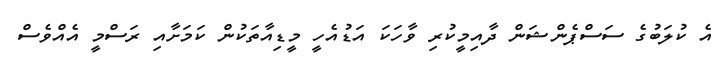
އެ ކުލަބުގެ ސަސްޕެންޝަން ދާއިމީކުރި ވާހަކަ އަޑުއެހީ މީޑިއާތަކުން ކަމަށާއި ރަސްމީ އެއްވެސް